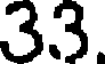
33.